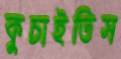
কুচাইতিস